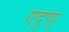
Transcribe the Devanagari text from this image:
एदुप्पू